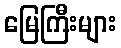
မြေကြီးများ